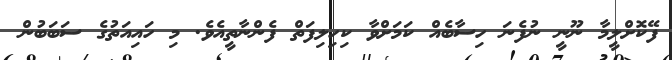
ފޭކޮށްލީމާ ނޫނީ ނުފެނަ ހިސާބެއް ކަމަށްވާ ކިހިލިފަތް ފެންނާތީއެވެ. މި ހައިއަތުގެ ސަބަބުން